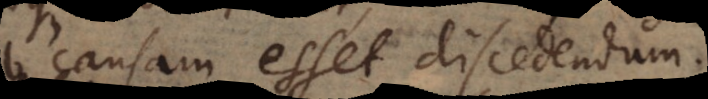
causam esset discedendum;